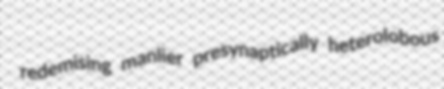
redemising manlier presynaptically heterolobous